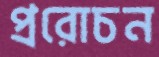
প্ররোচন